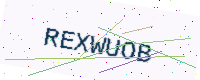
Text: REXWUOB